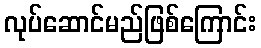
လုပ်ဆောင်မည်ဖြစ်ကြောင်း